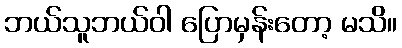
ဘယ်သူဘယ်ဝါ ပြောမှန်းတော့ မသိ။